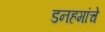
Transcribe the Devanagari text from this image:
डनहमांचे